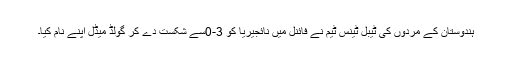
ہندوستان کے مردوں کی ٹیبل ٹینس ٹیم نے فائنل میں نائجیریا کو 3-0سے شکست دے کر گولڈ میڈل اپنے نام کیا۔